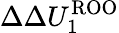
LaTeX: \Delta\Delta U_{1}^{\mathrm{ROO}}